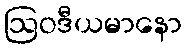
ဩဝဒီယမာနော